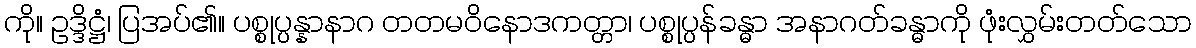
ကို။ ဥဒ္ဒိဋ္ဌံ၊ ပြအပ်၏။ ပစ္စုပ္ပန္နာနာဂ တတမဝိနောဒကတ္တာ၊ ပစ္စုပ္ပန်ခန္ဓာ အနာဂတ်ခန္ဓာကို ဖုံးလွှမ်းတတ်သော